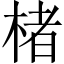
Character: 楮